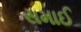
સમાઈ